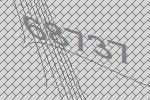
68737